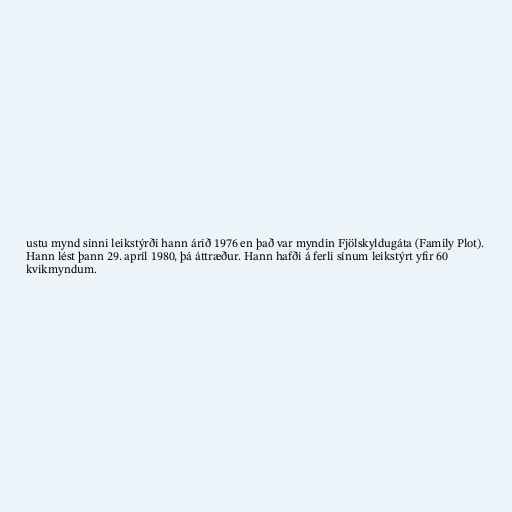
ustu mynd sinni leikstýrði hann árið 1976 en það var myndin Fjölskyldugáta (Family Plot).
Hann lést þann 29. apríl 1980, þá áttræður. Hann hafði á ferli sínum leikstýrt yfir 60
kvikmyndum.